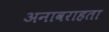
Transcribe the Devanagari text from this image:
अनावराहता